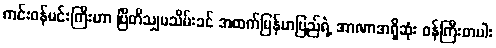
ကင်းဝန်မင်းကြီးဟာ ဗြိတိသျှမသိမ်းခင် အထက်မြန်မာပြည်ရဲ့ အာဏာအရှိဆုံး ဝန်ကြီးတပါး